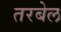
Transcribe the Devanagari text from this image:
तरबेल